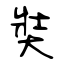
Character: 奘